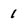
Character: 1